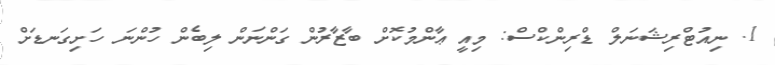
1. ނިއުޓްރިޝަނަލް ޑްރިންކްސް: މިއީ ޢާންމުކޮށް ބާޒާރުން ގަންނަން ލިބެން ހުންނަ ހަށިގަނޑަށް